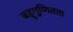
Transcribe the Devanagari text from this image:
बहुगुणितता